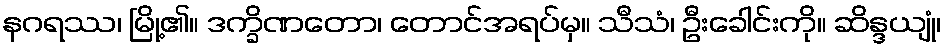
နဂရဿ၊ မြို့၏။ ဒက္ခိဏတော၊ တောင်အရပ်မှ။ သီသံ၊ ဦးခေါင်းကို။ ဆိန္ဒယျုံ၊